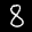
Label: 8